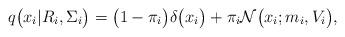
LaTeX: \begin{align*}q\bigl(x_{i}|R_{i},\Sigma_{i}\bigr)=\bigl(1-\pi_{i}\bigr)\delta\bigl(x_{i}\bigr)+\pi_{i}\mathcal{N}\bigl(x_{i};m_{i},V_{i}\bigr),\end{align*}